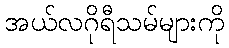
အယ်လဂိုရီသမ်များကို